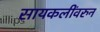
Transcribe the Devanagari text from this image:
सायकलींवरुन